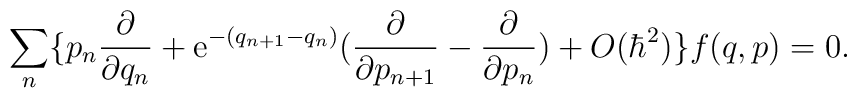
\sum_n\{p_n\frac{\partial}{\partial q_n}+{\rm e}^{-(q_{n+1}-q_n)}(\frac{\partial}{\partial p_{n+1}}-\frac{\partial}{\partial p_n})+O(\hbar^2) \}f(q,p)=0.